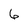
Character: 6